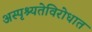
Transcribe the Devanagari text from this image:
अस्पृश्यतेविरोधात